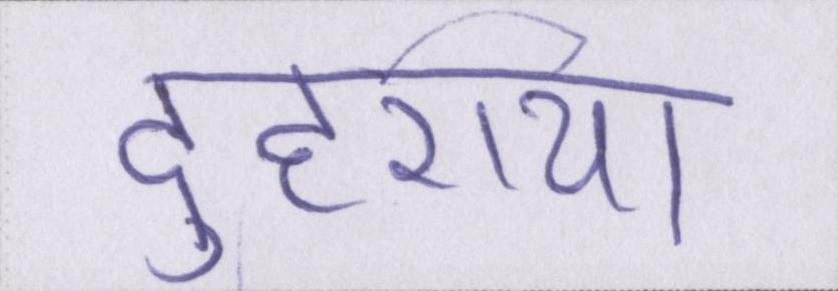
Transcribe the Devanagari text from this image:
दुहराया